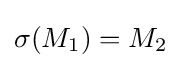
\sigma (M_{1})=M_{2}